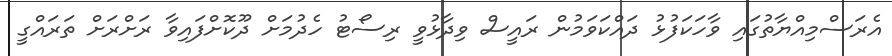
އެރަސްމިއްޔާތުގައި ވާހަކަފުޅު ދައްކަވަމުން ރައީސް ވިދާޅުވީ ރިސޯޓު ހެދުމަށް ދޫކޮށްފައިވާ ރަށްރަށް ތަރައްގީ